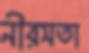
নীরসতা